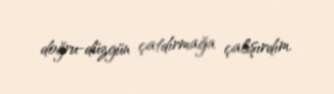
doğru-düzgün çatdırmağa çalışırdım.